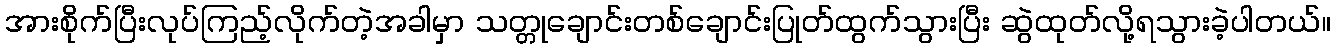
အားစိုက်ပြီးလုပ်ကြည့်လိုက်တဲ့အခါမှာ သတ္တုချောင်းတစ်ချောင်းပြုတ်ထွက်သွားပြီး ဆွဲထုတ်လို့ရသွားခဲ့ပါတယ်။